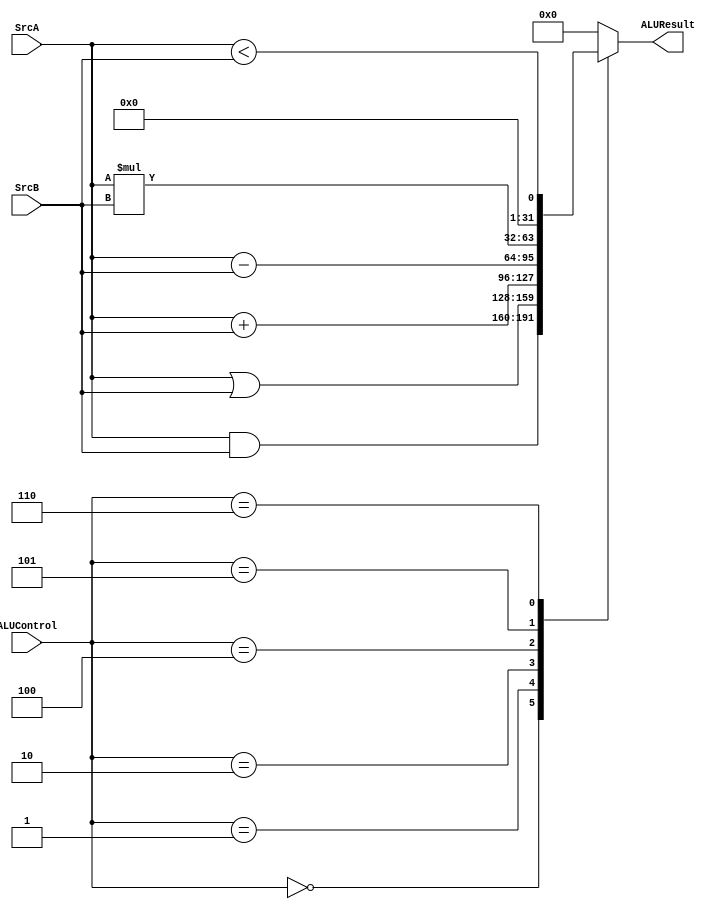
module ALU(
    input wire[31:0] SrcA,SrcB,
    input wire [2:0] ALUControl,
    output reg [31:0] ALUResult
);
    
    always @(*)
        begin
            case(ALUControl)
                3'b000:ALUResult = SrcA&SrcB;
                3'b001:ALUResult = SrcA|SrcB;
                3'b010:ALUResult = SrcA+SrcB;
                3'b100:ALUResult = SrcA-SrcB;
                3'b101:ALUResult = SrcA*SrcB;
                3'b110:ALUResult = (SrcA<SrcB);
                default:ALUResult =31'b0;
            endcase
        end

endmodule